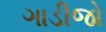
ગાડીજો